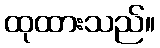
ထုထားသည်။